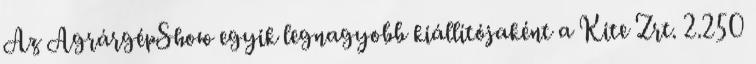
Az AgrárgépShow egyik legnagyobb kiállítójaként a Kite Zrt. 2.250